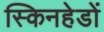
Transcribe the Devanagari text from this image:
स्किनहेडों